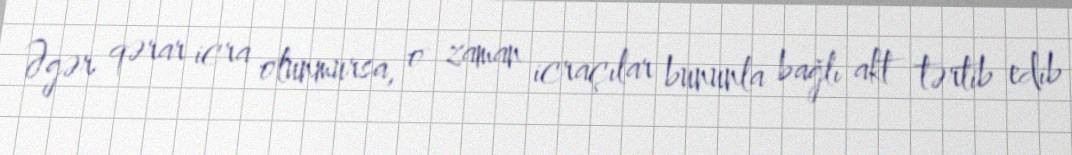
Əgər qərar icra olunmursa, o zaman icraçılar bununla bağlı akt tərtib edib